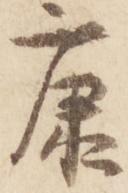
康